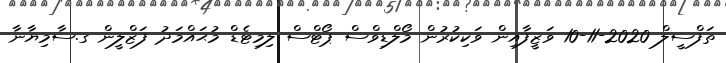
ތަފްސީލް 2020-11-10 ވަޒީފާއިން ވަކިކުރުން މޯލްޑިވްސް ޕޯޓްސް ލިމިޓެޑް މުޙައްމަދު ފަޒްލީން ގ.ސާމިޔާނާ